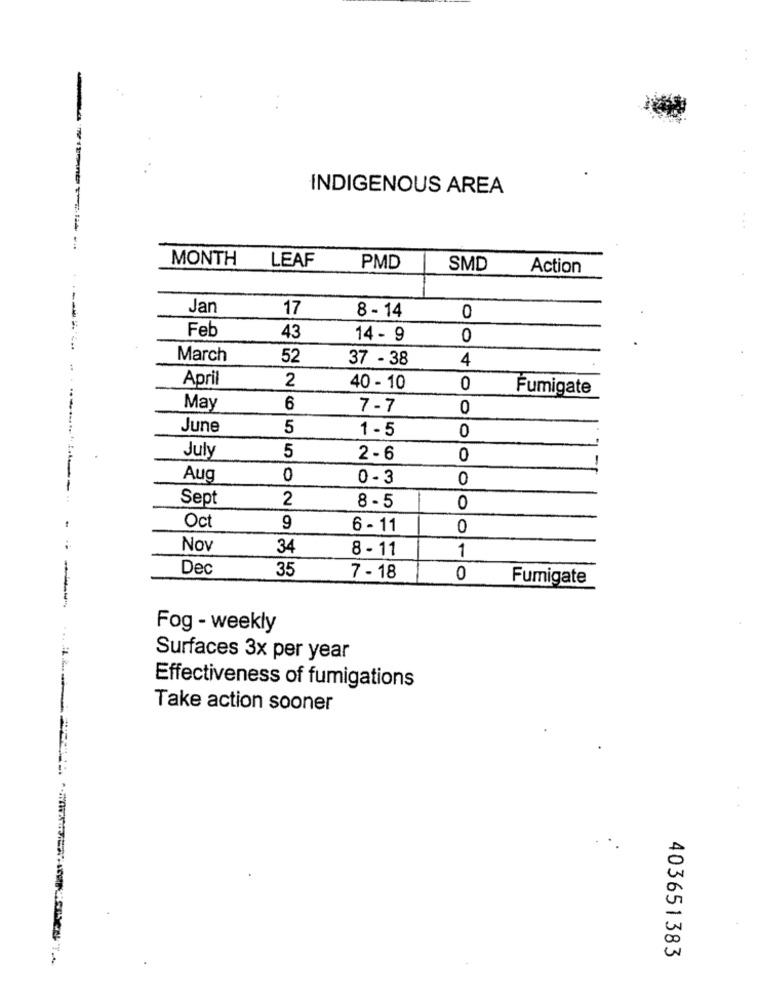
-
INDIGENOUS AREA
MONTH
LEAF
PMD
SMD
Action
Jan
17
8 - 14
0
Feb
43
14 - 9
0
March
52
37 - 38
4
:
April
2
40 - 10
0
Fumigate
May
6
7-7
0
June
5
1- 5
0
July
5
2- 6
0
Aug
0
0 - 3
0
Sept
2
8 -5
0
Oct
9
6 -11
0
Nov
34
8 - 11
1
Dec
35
7 - 18
0
Fumigate
Fog - weekly
Surfaces 3x per year
Effectiveness of fumigations
Take action sooner
403651383